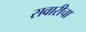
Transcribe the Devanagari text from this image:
सवारीचा